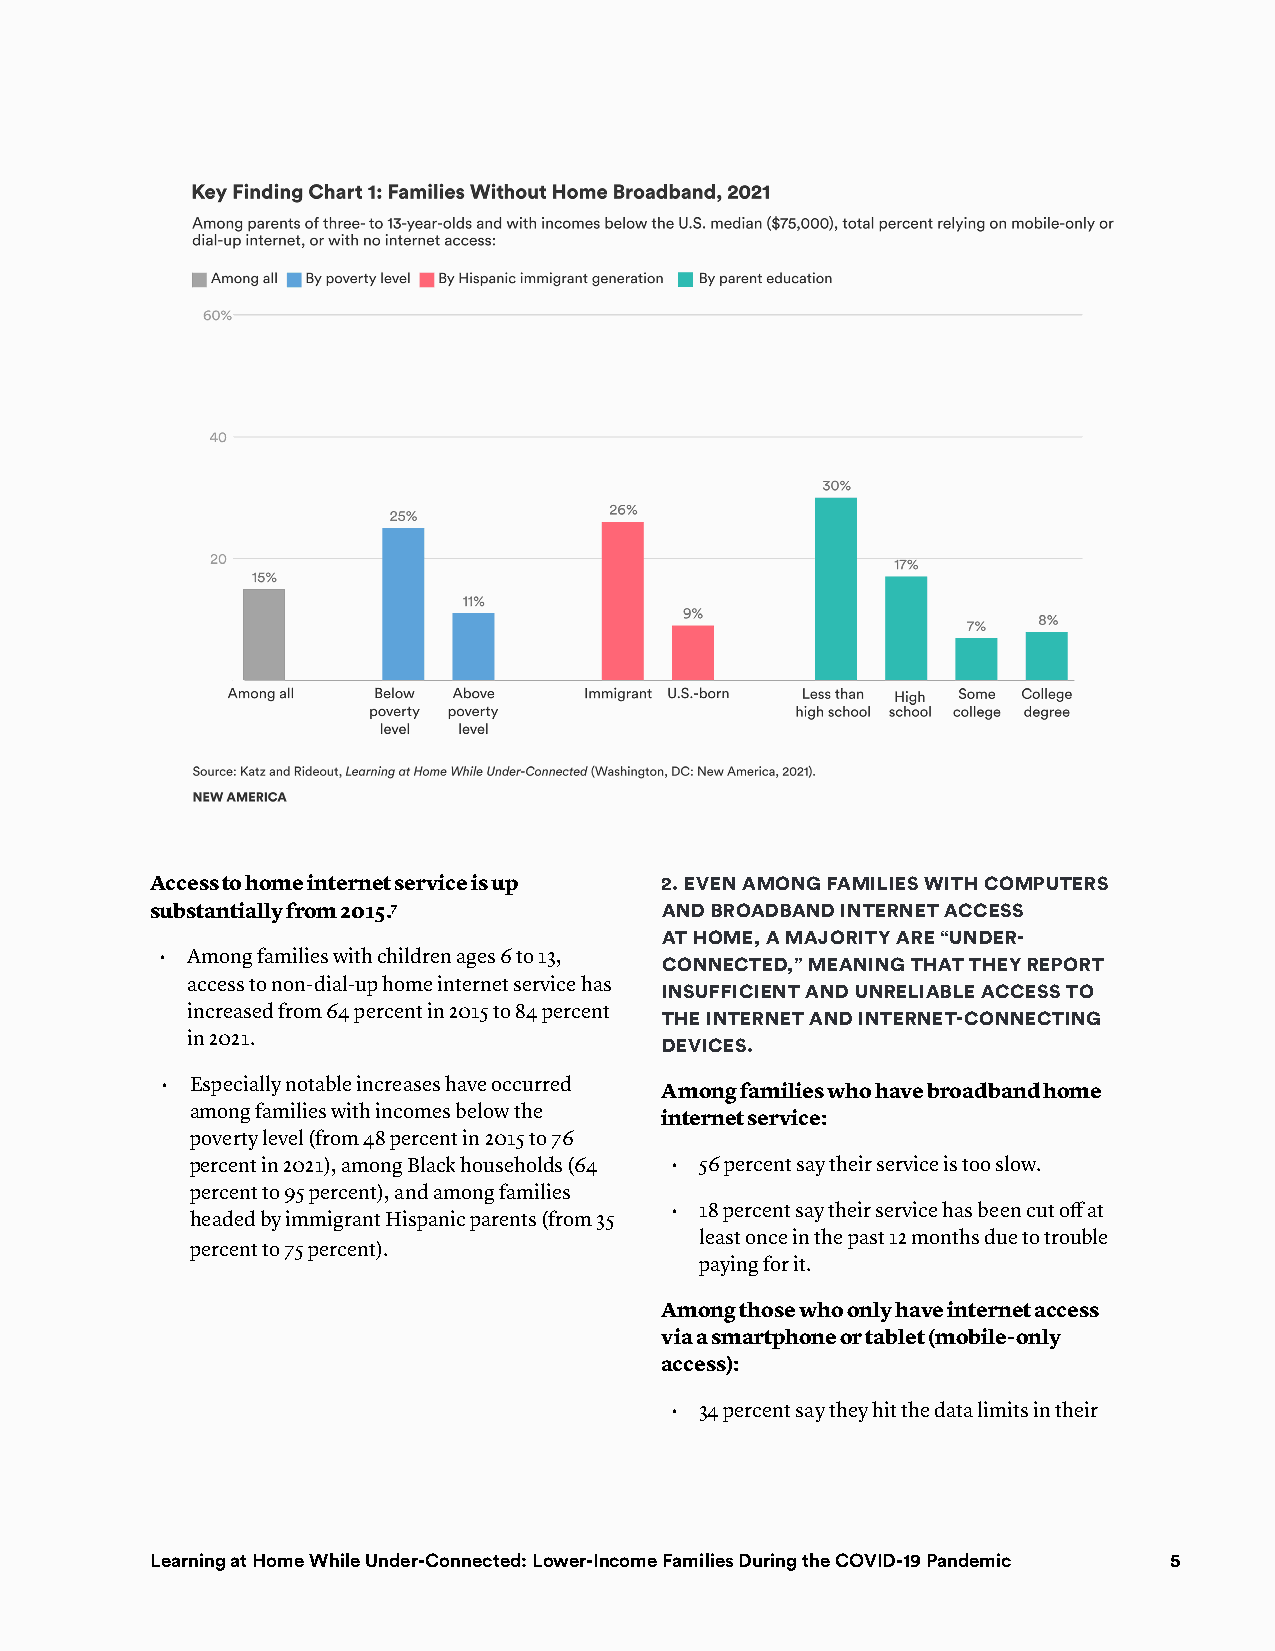
Access to home internet service is up 2. EvEn AmOng fAmiliEs wiTh COmP uTERs
 substantially from 2015.7         And bROAdbAnd inTERnET ACCEss
 AT hOmE, A mAjORiTy ARE “undER-
 • Among families with children ages 6 to 13,
 COnnECTEd,” mEAning ThAT ThEy REPORT
 access to non-dial-up home internet service has
 insuffiCiEnT And unREliAblE ACCEss TO
 increased from 64 percent in 2015 to 84 percent
 ThE inTERnET And inTERnET-COnnECTing
 in 2021.
 dEviCEs.
 • Especially notable increases have occurred
 Among families who have broadband home
 among families with incomes below the
 internet service:
 poverty level (from 48 percent in 2015 to 76
 percent in 2021), among Black households (64 • 56 percent say their service is too slow.
 percent to 95 percent), and among families
 • 18 percent say their service has been cut off at
 headed by immigrant Hispanic parents (from 35
 least once in the past 12 months due to trouble
 percent to 75 percent).
 paying for it.
 Among those who only have internet access
 via a smartphone or tablet (mobile-only
 access):
 • 34 percent say they hit the data limits in their
 Education Policy learning at Home While under-connected: lower-income Families during the coVid-19 Pandemic 5